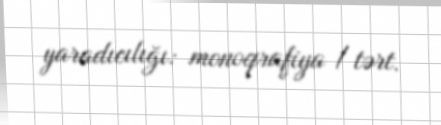
yaradıcılığı: monoqrafiya / tərt.